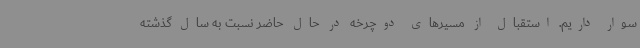
سوار داریم. استقبال از مسیرهای دوچرخه در حال حاضر نسبت به سال گذشته